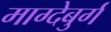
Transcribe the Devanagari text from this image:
माग्देबुर्ग